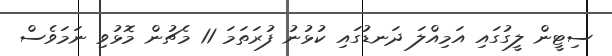
ސިޓީން ލީގުގައި އަމިއްލަ ދަނޑުގައި ކުޅުނު ފުރަތަމަ 11 މެޗުން މޮޅުވި ނަމަވެސް